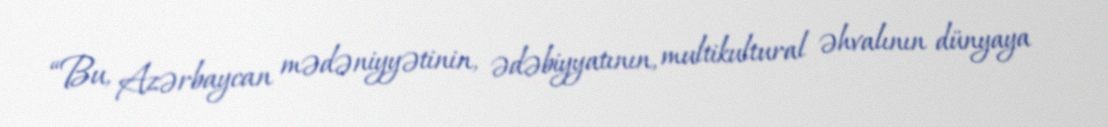
“Bu, Azərbaycan mədəniyyətinin, ədəbiyyatının, multikultural əhvalının dünyaya